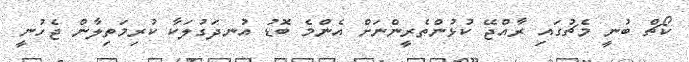
ކޯޗް ބުނީ މެޗުގައި ރާއްޖޭ ކުޅުންތެރީންނަށް އެންމެ ބޮޑު އުނދަގުލަކާ ކުރިމަތިލާން ޖެހުނީ